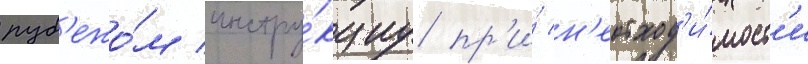
руб'ежо́м инстру́кциу пр'и́ н'еобход'и́мост'и